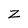
Character: Z